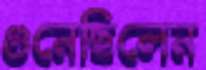
গুনেছিলেন